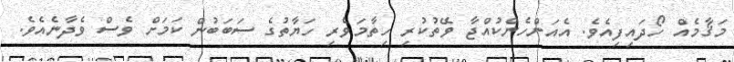
މަޤާމެއް ހޯދައިފިއެވެ. އެއަންހެންކުއްޖާ ވޭތުކުރި ހިތާމަވެރި ހަޔާތުގެ ސަބަބުން ކަމަށް ވެސް ވެދާނެއެވެ.